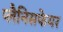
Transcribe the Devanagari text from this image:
प्लैनिसफेयर